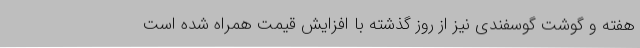
هفته و گوشت گوسفندی نیز از روز گذشته با افزایش قیمت همراه شده است